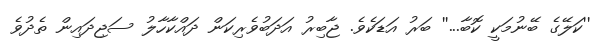
''ކަލޭގެ ބޭނުމަކީ ކޮބާ...'' ބަރު އަޑަކެވެ. ޖާބިރު އަދަބުވެރިކަން ދައްކާހާލު ސަޖިދައިން ތެދުވެ